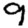
Digit: 9